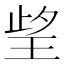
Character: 𱮻